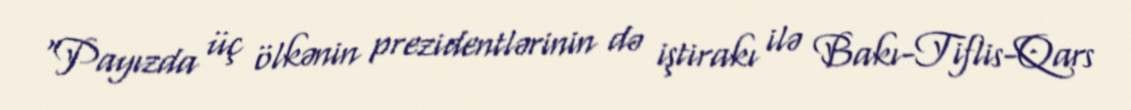
“Payızda üç ölkənin prezidentlərinin də iştirakı ilə Bakı-Tiflis-Qars